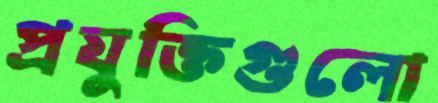
প্রযুক্তিগুলো